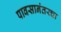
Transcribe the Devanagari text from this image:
पावसानंतरचा